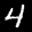
Label: 4